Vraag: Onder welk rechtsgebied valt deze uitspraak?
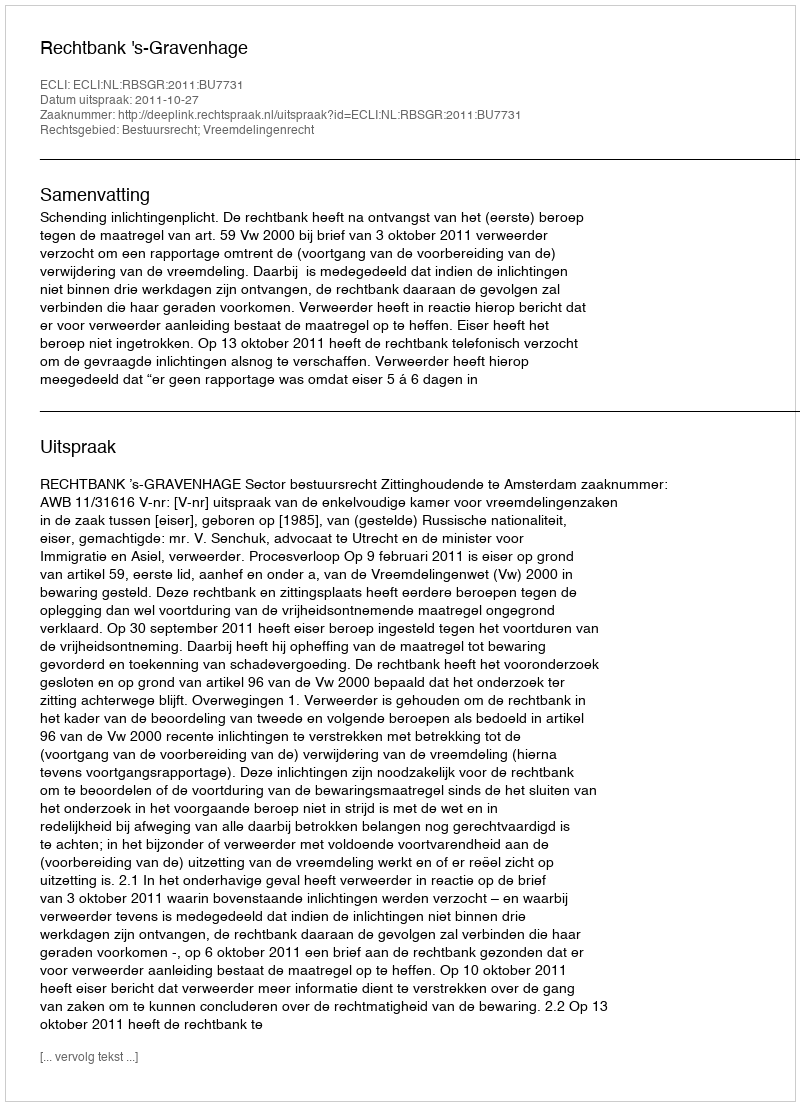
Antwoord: Bestuursrecht; Vreemdelingenrecht